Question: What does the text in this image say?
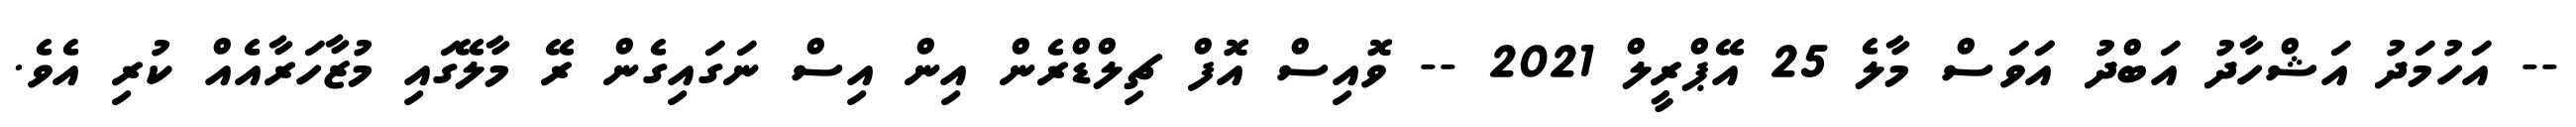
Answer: -- އަހުމަދު އަޝްހާދު އަބްދު އަަވަސް މާލެ 25 އޭޕްރީލް 2021 -- ވޮއިސް އޮފް ޗިލްޑްރެން އިން އިސް ނަގައިގެން ރޭ މާލޭގައި މުޒާހަރާއެއް ކުރި އެވެ.